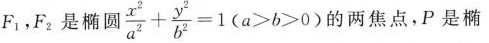
F_{1|F_{2|是椭圆 $$\frac{x^{2}}{a^{2}}+ \frac{y^{2}}{b^{2}}=1(a>b>0)$$ 的两焦点，P是椭